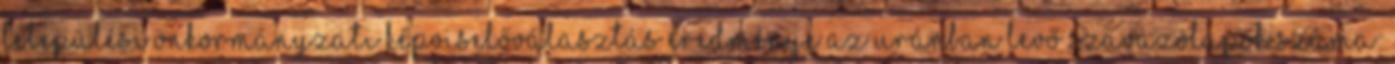
települési önkormányzati képviselőválasztás eredménye Az uránban levő szavazólapok száma: